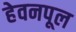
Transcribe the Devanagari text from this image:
हेवनपूल